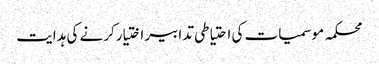
محکمہ موسمیات کی احتیاطی تدابیر اختیارکرنے کی ہدایت